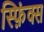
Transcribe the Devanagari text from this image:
स्फ़िंक्स